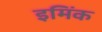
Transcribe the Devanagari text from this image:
इमिंक